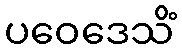
ပဝေဒေသိံ